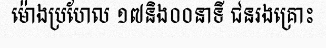
ម៉ោងប្រហែល ១៧និង០០នាទី ជនរងគ្រោះ